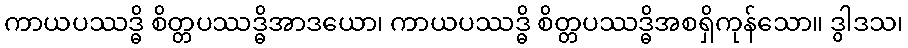
ကာယပဿဒ္ဓိ စိတ္တပဿဒ္ဓိအာဒယော၊ ကာယပဿဒ္ဓိ စိတ္တပဿဒ္ဓိအစရှိကုန်သော။ ဒွါဒသ၊